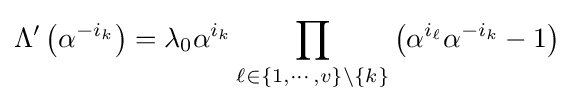
\Lambda '\left(\alpha ^{-i_{k}}\right)=\lambda _{0}\alpha ^{i_{k}}\prod _{\ell \in \{1,\cdots ,v\}\setminus \{k\}}\left(\alpha ^{i_{\ell }}\alpha ^{-i_{k}}-1\right)